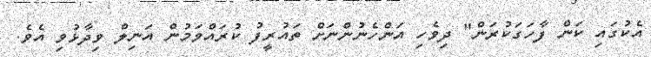
އެކުގައި ކަން ފާހަގަކުރަން" ދިވެހި އަންހެނުންނަށް ތައުރީފު ކުރައްވަމުން އަނިލް ވިދާޅުވި އެވެ.